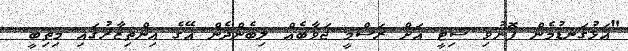
"އަޅުގަނޑުމެން ފޮނުވި ސިޓީ އަށް ރަސްމީ ޖަވާބެއް ލިބެންދެން އޭގެ އިންތިޒާރުގައި މިތިބީ.